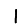
Digit: 1